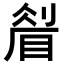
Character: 𥇮